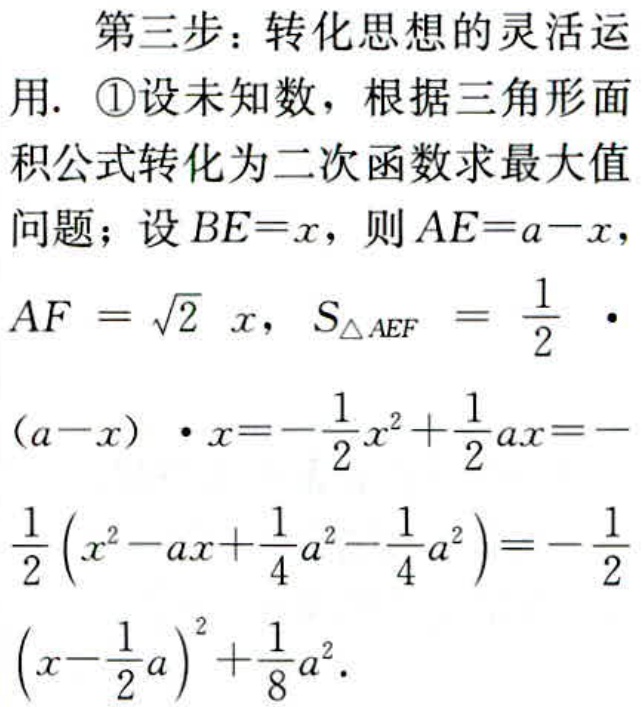
第三步：转化思想的灵活运
用. \textcircled{1}设未知数，根据三角形面
积公式转化为二次函数求最大值
问题；设\(BE = x\)，则\(AE = a - x\)，
\(AF=\sqrt{2}x\)，\(S_{\triangle AEF}=\frac{1}{2}\cdot\)
\((a - x)\cdot x = -\frac{1}{2}x^{2}+\frac{1}{2}ax = -\)
\(\frac{1}{2}(x^{2}-ax+\frac{1}{4}a^{2}-\frac{1}{4}a^{2})=-\frac{1}{2}\)
\((x - \frac{1}{2}a)^{2}+\frac{1}{8}a^{2}\).